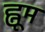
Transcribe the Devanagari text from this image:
ह्नूम